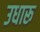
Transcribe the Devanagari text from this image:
उधारू